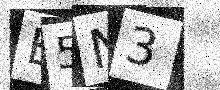
Text: E5N3